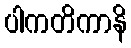
ပါကတိကာနိ